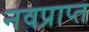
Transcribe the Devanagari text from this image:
नवप्राप्त